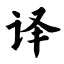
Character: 译